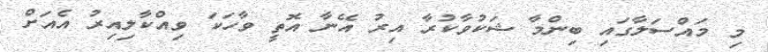
މި މައްސަލާގައި ބިންމާ ޝަކުވާކުރާ އިރު އޭނާ އޮތީ ވާހަކަ ވިއްކާލިއިރު އެއަށް